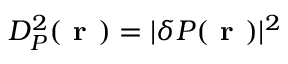
D _ { P } ^ { 2 } ( \textbf { r } ) = \lvert \delta P ( \textbf { r } ) \rvert ^ { 2 }